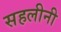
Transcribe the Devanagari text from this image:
सहलीनी